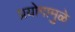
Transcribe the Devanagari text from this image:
प्रयोगामुळे